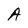
Character: A